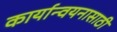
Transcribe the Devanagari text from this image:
कार्यान्वयनासाठी